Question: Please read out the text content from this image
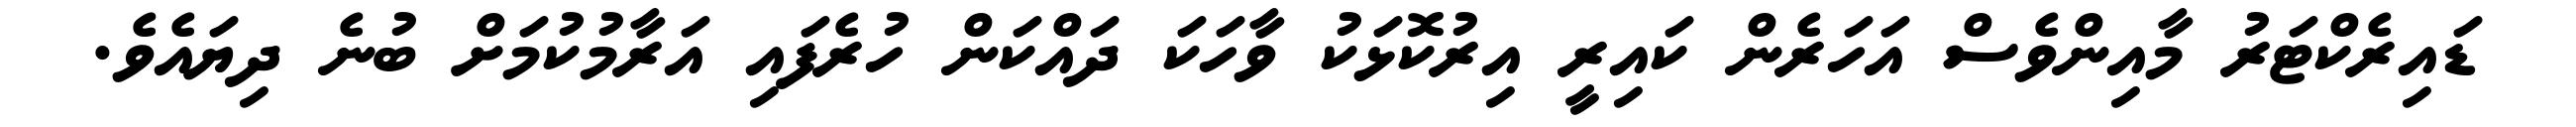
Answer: ޑައިރެކްޓަރު މާއިންވެސް އަހަރެން ކައިރީ އިރުކޮޅަކު ވާހަކަ ދައްކަން ހުރެފައި އަރާމުކުމަށް ބުނެ ދިޔައެވެ.